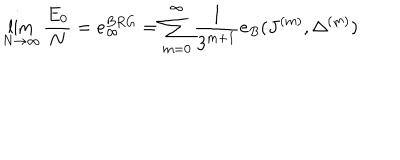
\lim _ { N \rightarrow \infty } \frac { E _ { 0 } } { N } = e _ { \infty } ^ { B R G } = \sum _ { m = 0 } ^ { \infty } \frac { 1 } { 3 ^ { m + 1 } } e _ { B } ( J ^ { ( m ) } , \Delta ^ { ( m ) } )